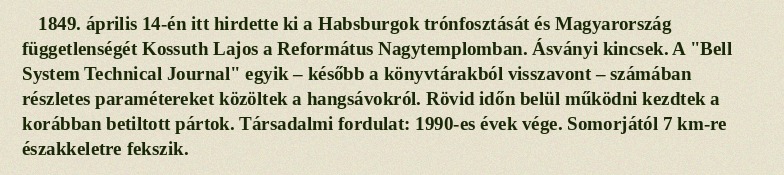
1849. április 14-én itt hirdette ki a Habsburgok trónfosztását és Magyarország függetlenségét Kossuth Lajos a Református Nagytemplomban. Ásványi kincsek. A "Bell System Technical Journal" egyik – később a könyvtárakból visszavont – számában részletes paramétereket közöltek a hangsávokról. Rövid időn belül működni kezdtek a korábban betiltott pártok. Társadalmi fordulat: 1990-es évek vége. Somorjától 7 km-re északkeletre fekszik.